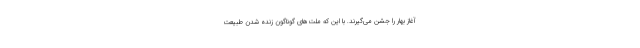
آغاز بهار را جشن می‌گیرند. با این که ملت‌های گوناگون زنده شدن طبیعت